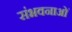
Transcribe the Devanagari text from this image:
संभवनाओं